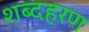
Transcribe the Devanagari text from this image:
शब्दहरण